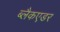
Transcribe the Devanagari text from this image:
ब्लैकएडर